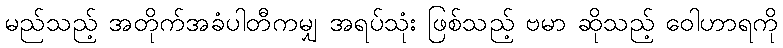
မည်သည့် အတိုက်အခံပါတီကမျှ အရပ်သုံး ဖြစ်သည့် ဗမာ ဆိုသည့် ဝေါဟာရကို